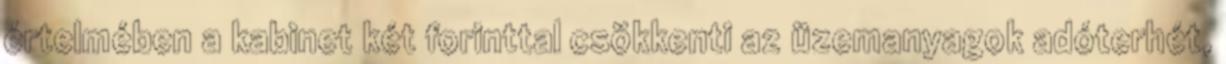
értelmében a kabinet két forinttal csökkenti az üzemanyagok adóterhét,